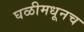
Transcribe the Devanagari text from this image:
घळीमधूनच